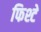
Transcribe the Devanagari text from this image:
फिश्टे